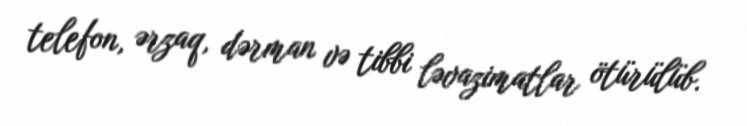
telefon, ərzaq, dərman və tibbi ləvazimatlar ötürülüb.